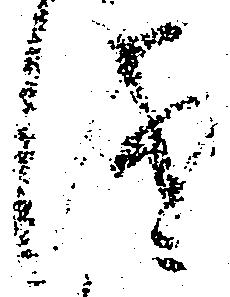
儀